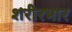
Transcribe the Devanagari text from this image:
शरीरभार